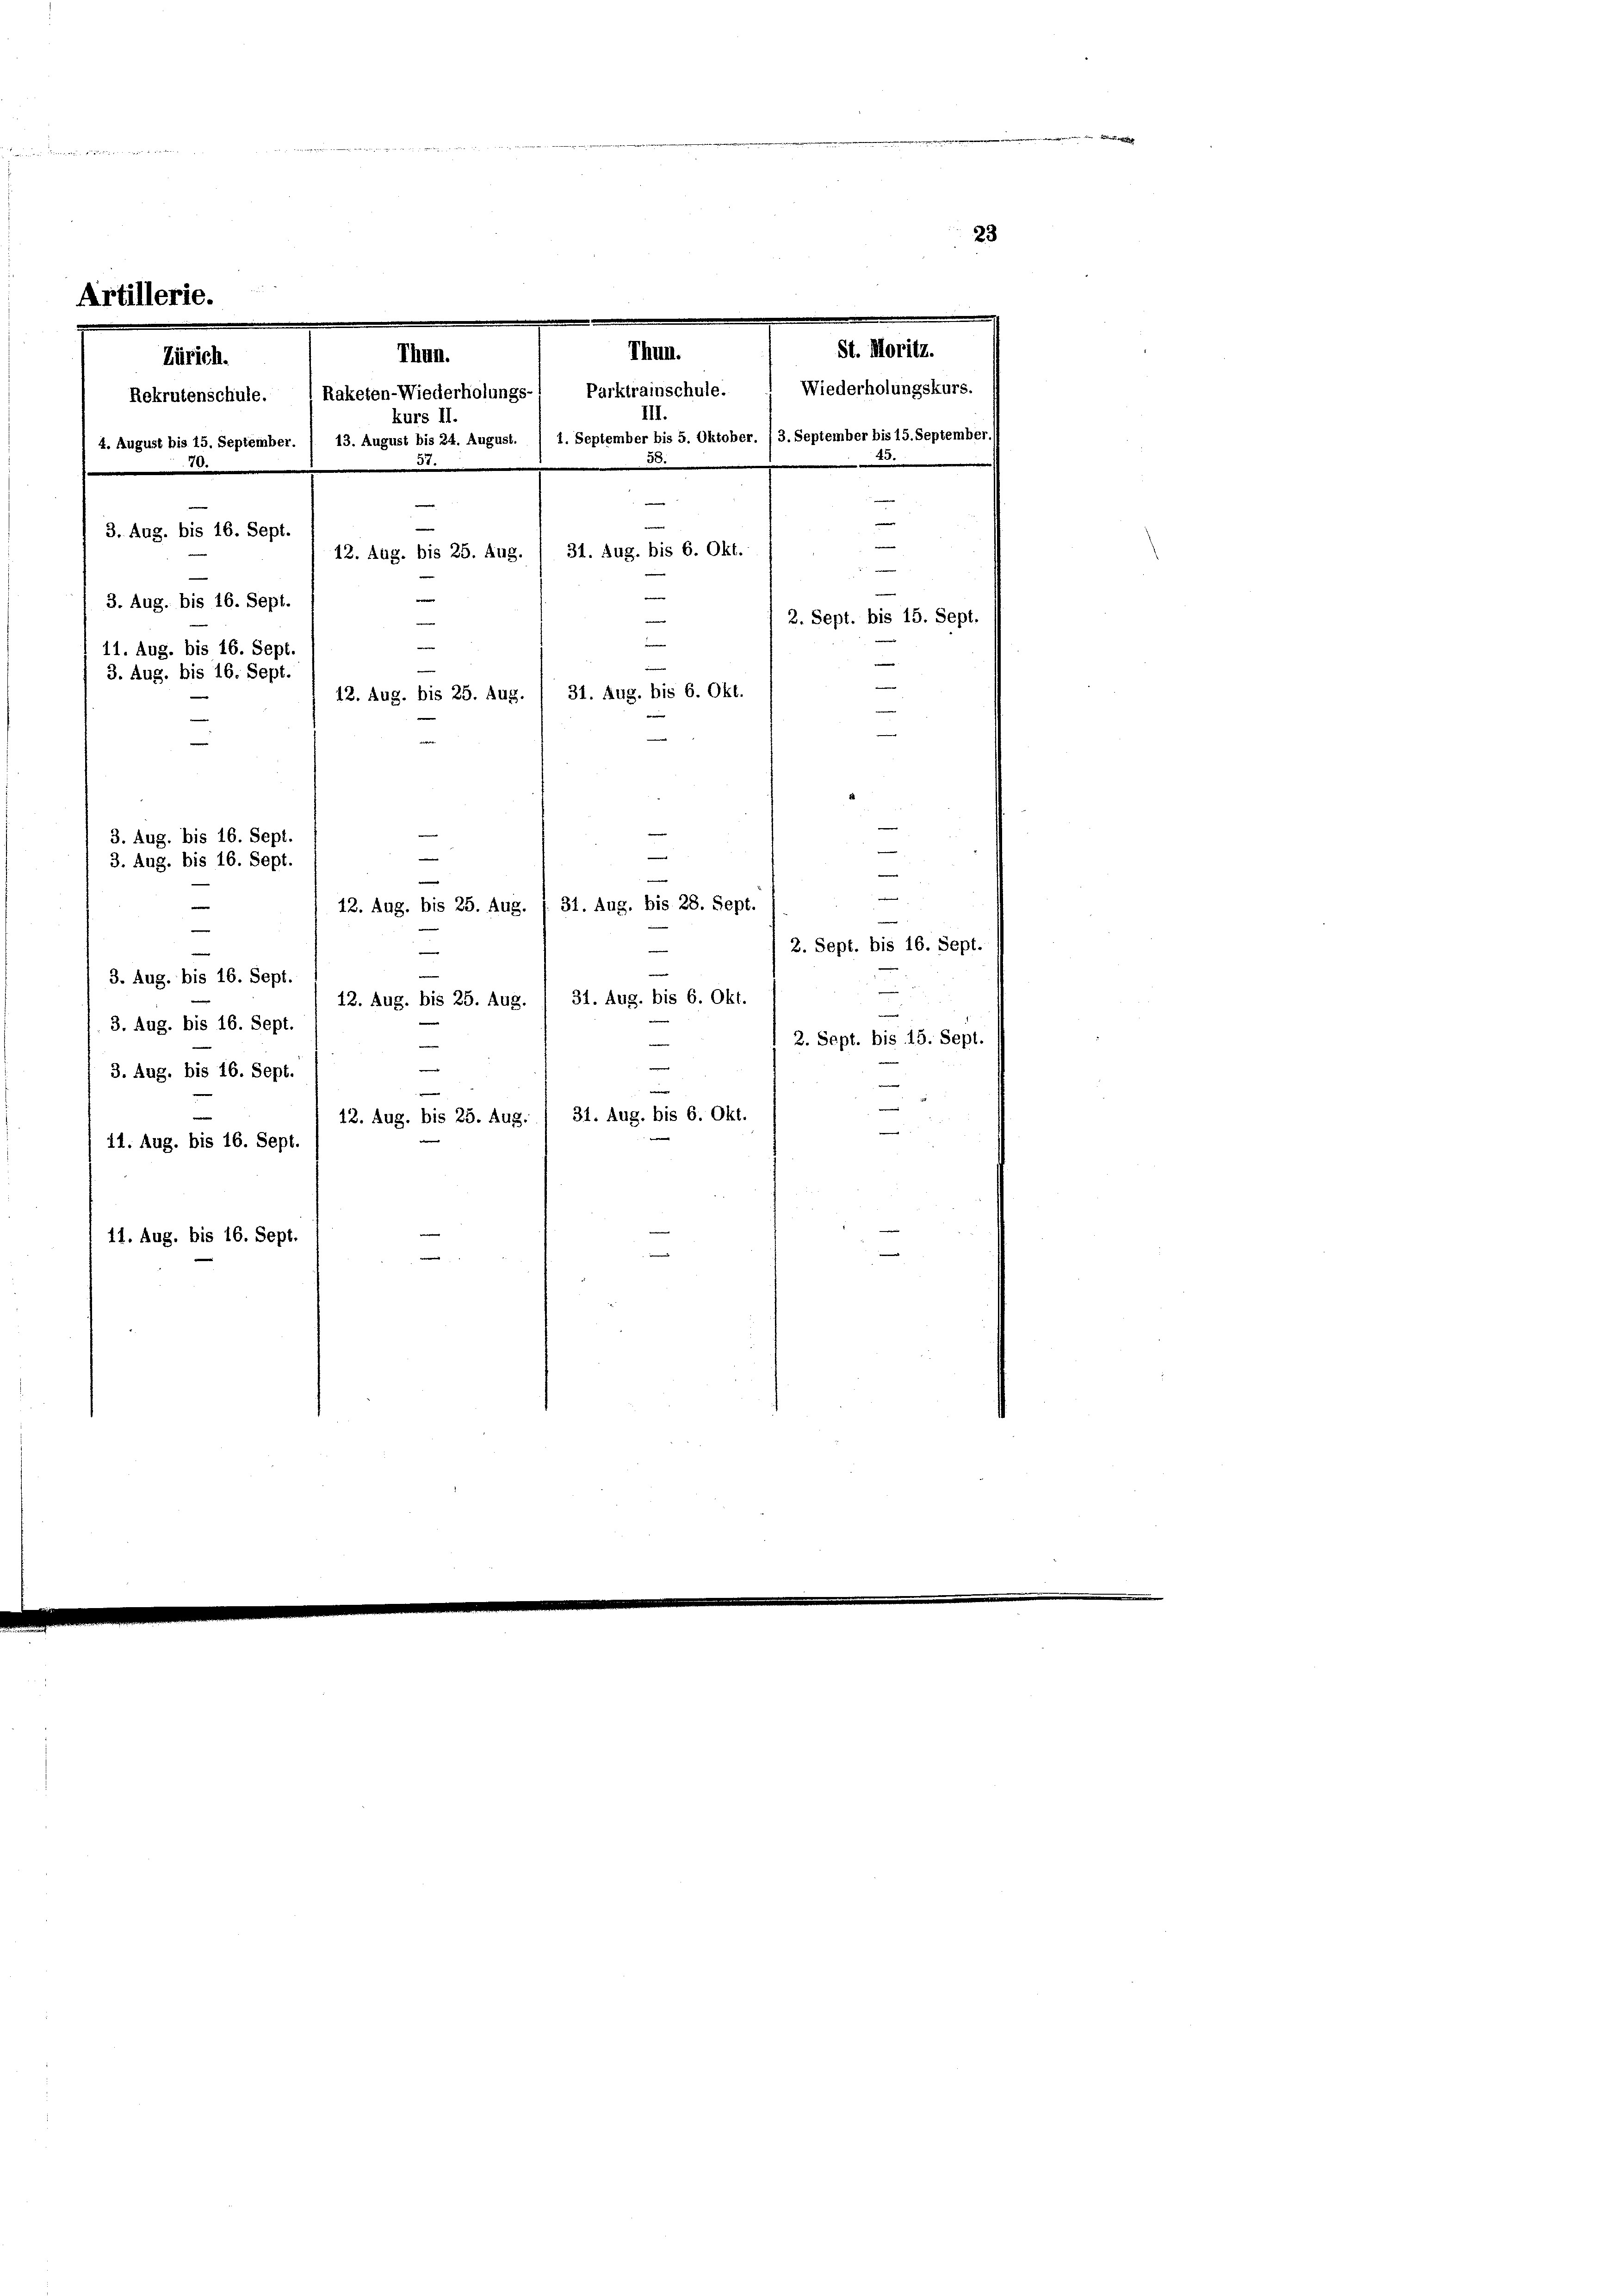
Artil

12. Aug. bis 25. Aug. / 31. Aug. bis 28. Sept.
e
e
3. Aug. bis 16. Sept.
12. Aug. bis 25. Aug. / 31. Aug. bis 6. Okt.
3. Aug. bis 16. Sept.

3. Aug. bis 16. Sept.
i
r
31. Aug. bis 6. Okt.
12. Aug. bis 25. Aug.
11. Aug. bis 16. Sept.
11. Aug. bis 16. Sept.

.

3. Aug. bis 16. Sept.
3. Aug. bis 16. Sept.
11. Aug. bis 16. Sept.
3. Aug. bis 16. Sept.

Thun.
Thun.
Zürich.
Rekrutenschule. 1 Raketen-Wiederholungs- Parktrainschule.  Wiederholungskurs.
III.
kurs II.
4. August bis 15. September. ( 13. August bis 24. August. / 1. September bis 5. Oktober. (3. September bis 15. September.
30.
m
u
—
31. Aug. bis 6. Okt.
12. Aug. bis 25. Aug.
—
e
2. Sept. bis 15. Sept.

e
12. Aug. bis 25. Aug. / 31. Aug. bis 6. Okt.
e
e
d
3. Aug. bis 16. Sept.

e
e
3. Aug. bis 16. Sept.
e

23.

St. Moritz.

e

e
e
2. Sept. bis 15. Sept.

2. Sept. bis 16. Sept.

e

23